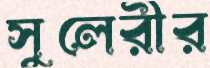
সুলেরীর